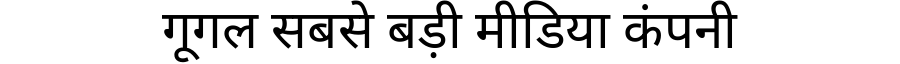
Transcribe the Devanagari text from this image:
गूगल सबसे बड़ी मीडिया कंपनी